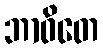
ဘာဝိတေ